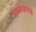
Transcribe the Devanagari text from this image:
एककाप्रमाणे